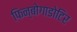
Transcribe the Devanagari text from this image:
फिन्बोगाडोटिर